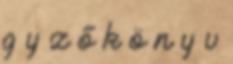
g y z ő k ö n y v